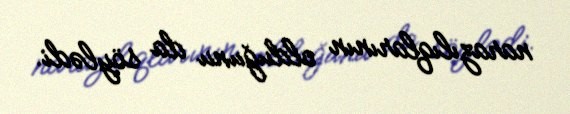
narazılıqlarının olduğunu da söylədi.